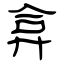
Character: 弇